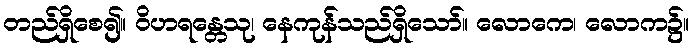
တည်ရှိစေ၍။ ဝိဟရန္တေသု၊ နေကုန်သည်ရှိသော်။ လောကေ၊ လောက၌။